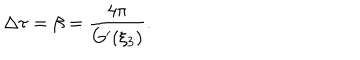
LaTeX: \Delta \tau = \beta = \frac { 4 \pi } { G ^ { \prime } ( \xi _ { 3 } ) } .